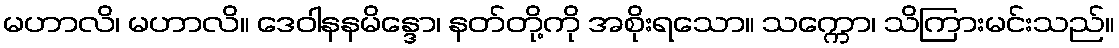
မဟာလိ၊ မဟာလိ။ ဒေဝါနနမိန္ဒော၊ နတ်တို့ကို အစိုးရသော။ သက္ကော၊ သိကြားမင်းသည်။